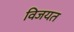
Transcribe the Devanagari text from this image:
विजयत